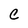
Character: C